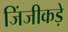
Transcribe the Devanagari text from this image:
जिंजीकड़े